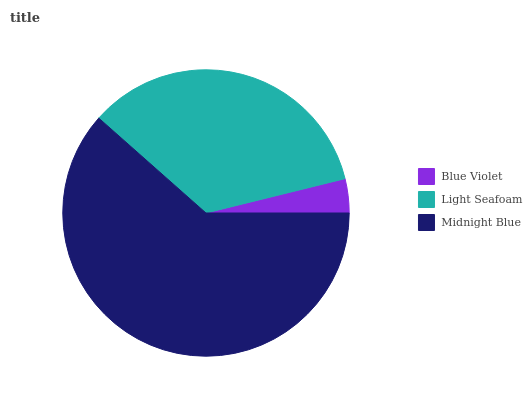
| Blue Violet | Light Seafoam | Midnight Blue |
 | --- | --- | --- |
 | 3.85% | 34.6% | 61.5% |